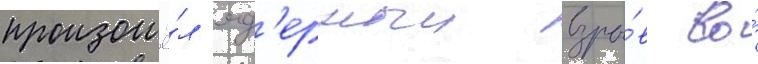
произошё́л яд'ерныи взры́в во́